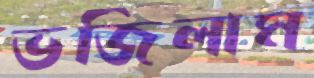
ভজিলাম